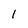
Character: l